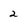
Character: 2